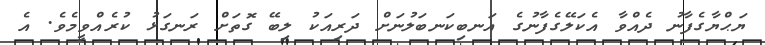
ޔަޙްޔާގެފާނު ދެއްވާ އެކަލޭގެފާނުގެ އަނބިކަނބަލުނަށް ދަރިއަކު ލިބޭ ގޮތަށް ރަނގަޅު ކުރެއްވީމެވެ. އެ